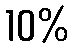
10%